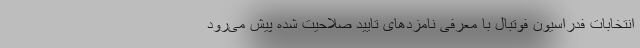
انتخابات فدراسیون فوتبال با معرفی نامزدهای تایید صلاحیت شده پیش می‌رود